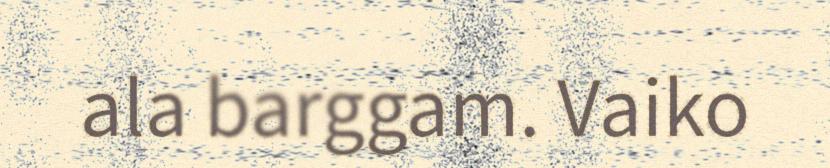
ala barggam. Vaiko